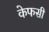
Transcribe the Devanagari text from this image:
केफसी